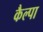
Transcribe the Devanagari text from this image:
कैल्पा